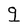
Character: g